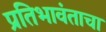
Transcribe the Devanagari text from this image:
प्रतिभावंताचा